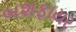
બશફાયર